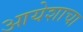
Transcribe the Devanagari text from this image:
आयेशाचा